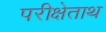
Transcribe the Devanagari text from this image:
परीक्षेताथ